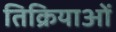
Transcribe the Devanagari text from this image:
तिक्रियाओं